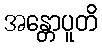
အန္တောပူတိ